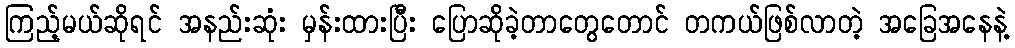
ကြည့်မယ်ဆိုရင် အနည်းဆုံး မှန်းထားပြီး ပြောဆိုခဲ့တာတွေတောင် တကယ်ဖြစ်လာတဲ့ အခြေအနေနဲ့